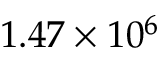
1 . 4 7 \times 1 0 ^ { 6 }